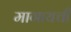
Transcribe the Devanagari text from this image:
मागायची